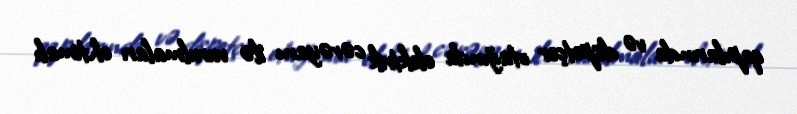
qapılarında və dispetçer otağında elektrik cərəyanı ilə vurulmaları ehtimalı